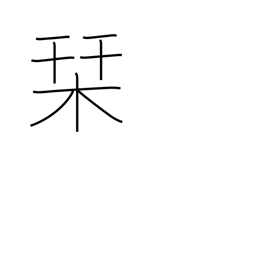
Meaning: guidebook